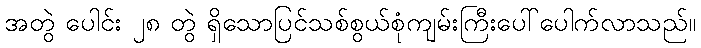
အတွဲ ပေါင်း ၂၈ တွဲ ရှိသောပြင်သစ်စွယ်စုံကျမ်းကြီးပေါ်ပေါက်လာသည်။